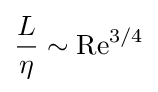
{\frac {L}{\eta }}\sim \mathrm {Re} ^{3/4}